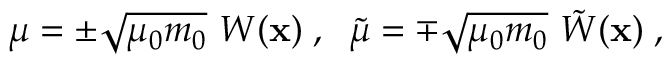
\mu = \pm \sqrt { \mu _ { 0 } m _ { 0 } } ~ W ( { \bf x } ) \; , \; \; \tilde { \mu } = \mp \sqrt { \mu _ { 0 } m _ { 0 } } ~ \tilde { W } ( { \bf x } ) \; ,